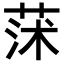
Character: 𦱈